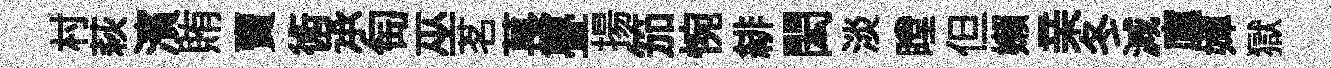
村萩濱賄𧶠術𠄘匋巫茗萇亹揚笳惋緋閎淡瞠但嬾亲冬減廪嬋獄